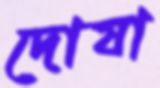
দোষা